First report of the anti-malarial operations at Mian Mir, 1901-1903 - Number 6
Year: 1901
Disease focus: Malaria
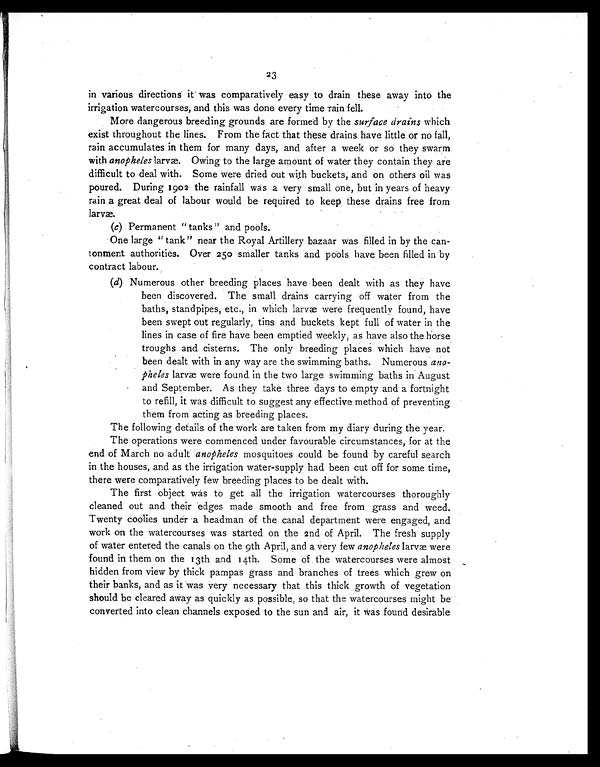
23
in various directions it was comparatively easy to drain these away into the
irrigation watercourses, and this was done every time rain fell.
More dangerous breeding grounds are formed by the surface drains which
exist throughout the lines. From the fact that these drains have little or no fall,
rain accumulates in them for many days, and after a week or so they swarm
with anopheles larvæ. Owing to the large amount of water they contain they are
difficult to deal with. Some were dried out with buckets, and on others oil was
poured. During 1902 the rainfall was a very small one, but in years of heavy
rain a great deal of labour would be required to keep these drains free from
larvæ.
(c)Permanent " tanks " and pools.
One large " tank" near the Royal Artillery bazaar was filled in by the can-
tonment authorities. Over 250 smaller tanks and pools have been filled in by
contract labour.
(d)Numerous other breeding places have been dealt with as they have
been discovered. The small drains carrying off water from the
baths, standpipes, etc., in which larvæ were frequently found, have
been swept out regularly, tins and buckets kept full of water in the
lines in case of fire have been emptied weekly, as have also the horse
troughs and cisterns. The only breeding places which have not
been dealt with in any way are the swimming baths. Numerous ano-
pheles larvæ were found in the two large swimming baths in August
and September. As they take three days to empty and a fortnight
to refill, it was difficult to suggest any effective method of preventing
them from acting as breeding places.
The following details of the work are taken from my diary during the year.
The operations were commenced under favourable circumstances, for at the
end of March no adult anopheles mosquitoes could be found by careful search
in the houses, and as the irrigation water-supply had been cut off for some time,
there were comparatively few breeding places to be dealt with.
The first object was to get all the irrigation watercourses thoroughly
cleaned out and their edges made smooth and free from grass and weed.
Twenty coolies under a headman of the canal department were engaged, and
work on the watercourses was started on the 2nd of April. The fresh supply
of water entered the canals on the 9th April, and a very few anopheles larvæ were
found in them on the 13th and 14th. Some of the watercourses were almost
hidden from view by thick pampas grass and branches of trees which grew on
their banks, and as it was very necessary that this thick growth of vegetation
should be cleared away as quickly as possible, so that the watercourses might be
converted into clean channels exposed to the sun and air, it was found desirable